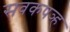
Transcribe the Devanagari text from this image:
सवकपञ्ह